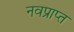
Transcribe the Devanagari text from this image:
नवप्राप्त